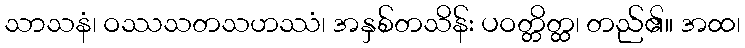
သာသနံ၊ ဝဿသတသဟဿံ၊ အနှစ်တသိန်း ပဝတ္တိတ္ထ၊ တည်၏။ အထ၊